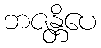
ဘဇန္တိပေ